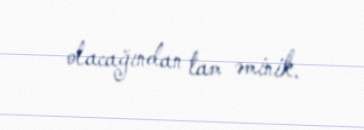
olacağından tam əminik.